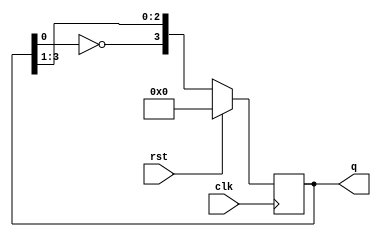
`timescale 1ns / 1ps

module johnson_counter(
    output reg [3:0] q,
    input clk,rst
    );
	 
    always@(posedge clk)
    begin    
        if(rst==1)
        begin
        q<=4'b0000; 
        end   
        else
         begin
            q <= {~q[0],q[3:1]};
        end
    end

endmodule